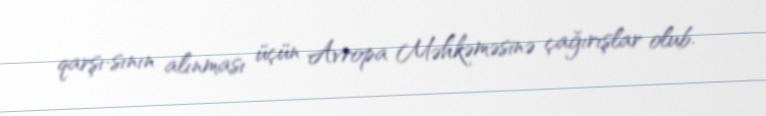
qarşı­sının alınması üçün Avropa Məhkəməsinə çağırışlar olub.